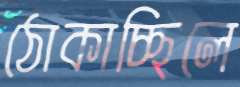
ঠোকাচ্ছিলে